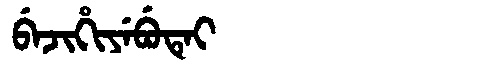
Manchu: ᠪᡝᠵᡳᡥᡳᠶᡝᠪᡠᡨᡝᡳ
Romanization: BEJIHIYEBUTEI